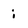
Character: i